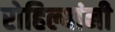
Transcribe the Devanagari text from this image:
रोहिल्यांनी